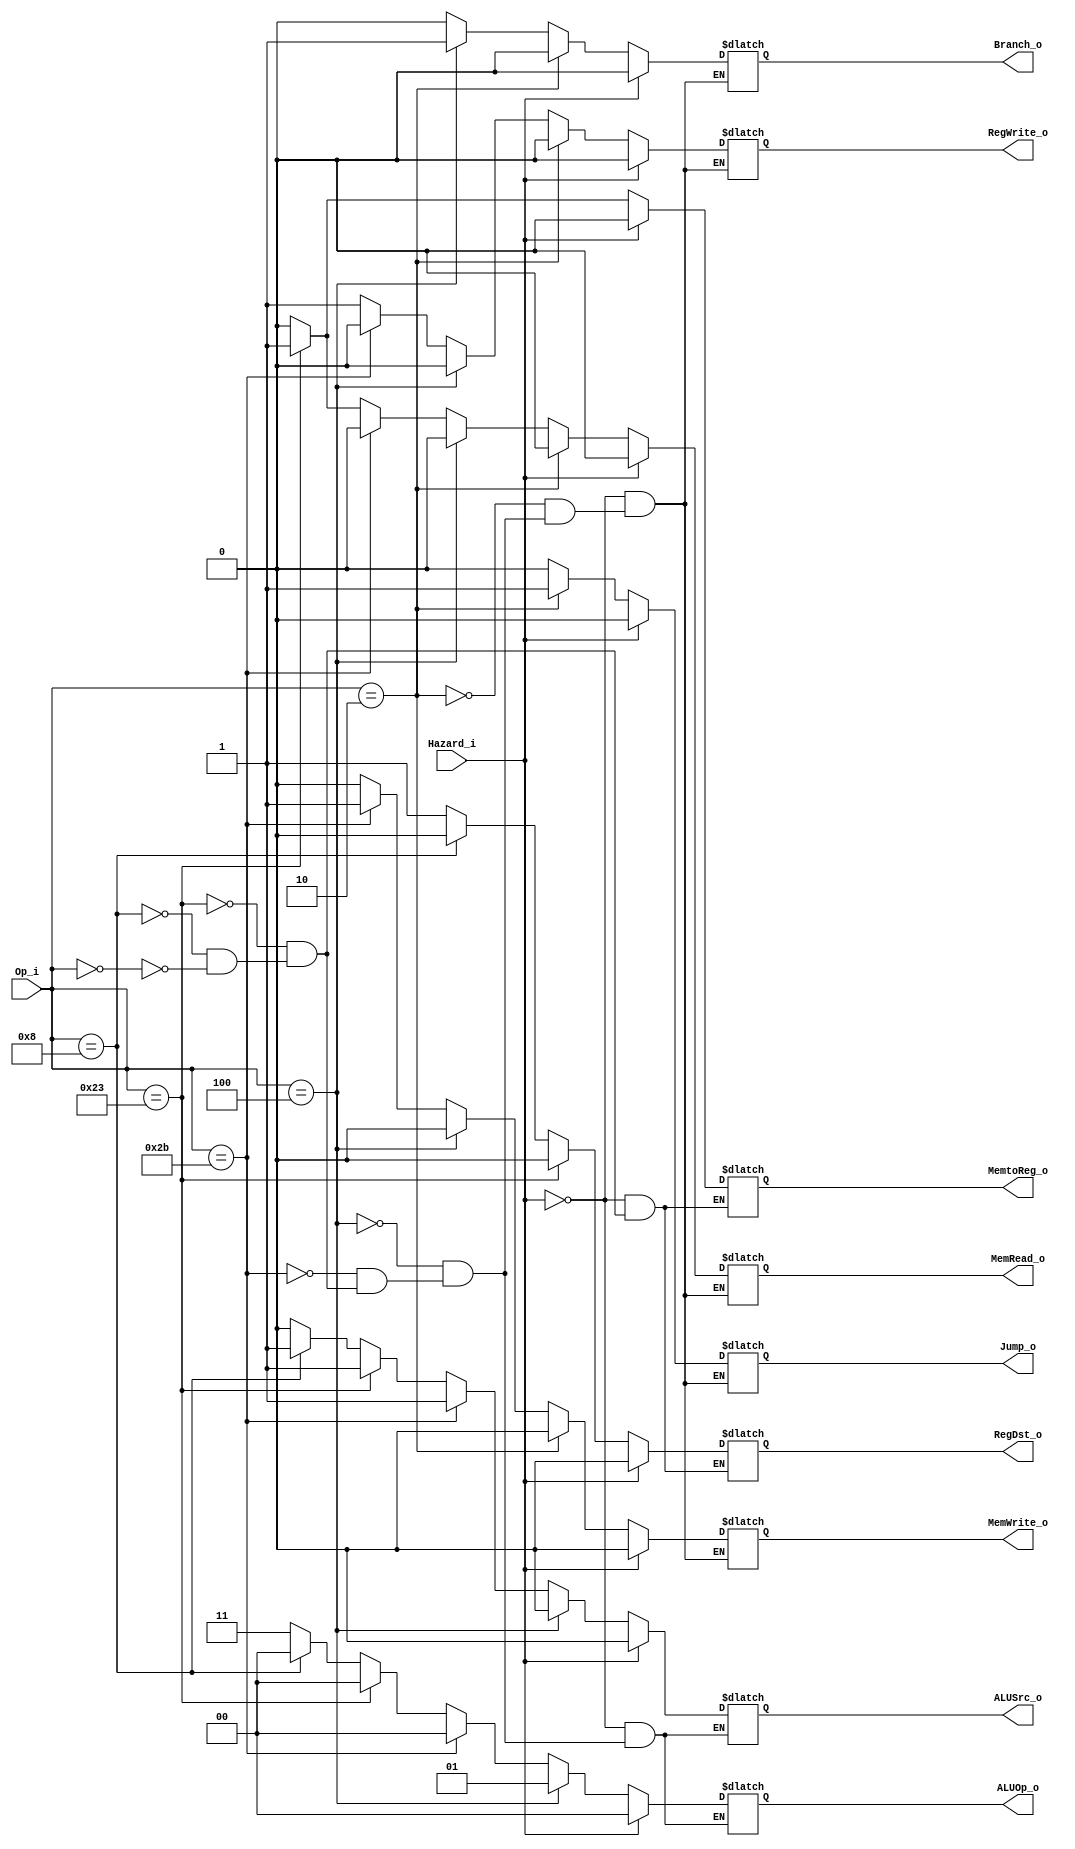
module Control
(
        Op_i,
        Hazard_i,
        RegDst_o,
        ALUOp_o,
        ALUSrc_o,
        RegWrite_o,
        Jump_o,
        MemtoReg_o,
        MemWrite_o,
		MemRead_o,
        Branch_o
);

input [5:0] Op_i;
input Hazard_i;
output [1:0] ALUOp_o;
output RegDst_o, ALUSrc_o, RegWrite_o;
output MemtoReg_o, MemWrite_o, MemRead_o, Branch_o, Jump_o; //lw sw beq j
reg RegDst_o, ALUSrc_o, RegWrite_o, ALUOp_o;
reg MemtoReg_o, MemWrite_o, MemRead_o, Branch_o, Jump_o;
always@(Op_i, Hazard_i)
begin
        if(Hazard_i == 1'b1)
        begin
                RegDst_o <= 0;
                ALUOp_o <= 0;
                ALUSrc_o <= 0;
                RegWrite_o <= 0;
                Jump_o <= 0;
                MemtoReg_o <= 0;
                MemWrite_o <= 0;
				MemRead_o <= 0;
                Branch_o <= 0;
        end
        else begin
                if(Op_i == 6'b000000) //R type
                begin
                        RegDst_o <= 1;
                        ALUSrc_o <= 0;
                        MemtoReg_o <= 0;
                        RegWrite_o <= 1;
                        MemWrite_o <= 0;
						MemRead_o <= 0;
                        Branch_o <= 0;
                        Jump_o <= 0;
                        ALUOp_o <= 2'b11;
                end
                if(Op_i == 6'b001000) //addi
                begin
                        RegDst_o <= 0;
                        ALUSrc_o <= 1;
                        MemtoReg_o <= 0;
                        RegWrite_o <= 1;
                        MemWrite_o <= 0;
						MemRead_o <= 0;
                        Branch_o <= 0;
                        Jump_o <= 0;
                        ALUOp_o <= 2'b00;
                end
                if(Op_i == 6'b100011) //lw
                begin
                        RegDst_o <= 0;
                        ALUSrc_o <= 1;
                        MemtoReg_o <= 1;
                        RegWrite_o <= 1;
                        MemWrite_o <= 0;
						MemRead_o <= 1;
                        Branch_o <= 0;
                        Jump_o <= 0;
                        ALUOp_o <= 2'b00;
                end
                if(Op_i == 6'b101011) //sw
                begin
                        ALUSrc_o <= 1;
                        RegWrite_o <= 0;
                        MemWrite_o <= 1;
						MemRead_o <= 0;
                        Branch_o <= 0;
                        Jump_o <= 0;
                        ALUOp_o <= 2'b00;
                end
                if(Op_i == 6'b000100) //beq
                begin
                        ALUSrc_o <= 0;
                        RegWrite_o <= 0;
                        MemWrite_o <= 0;
						MemRead_o <= 0;
                        Branch_o <= 1;
                        Jump_o <= 0;
                        ALUOp_o <= 2'b01;
                end
                if(Op_i == 6'b000010) //jump
                begin
                        RegWrite_o <= 0;
                        MemWrite_o <= 0;
						MemRead_o <= 0;
                        Branch_o <= 0;
                        Jump_o <= 1;
                end
        end
end

endmodule